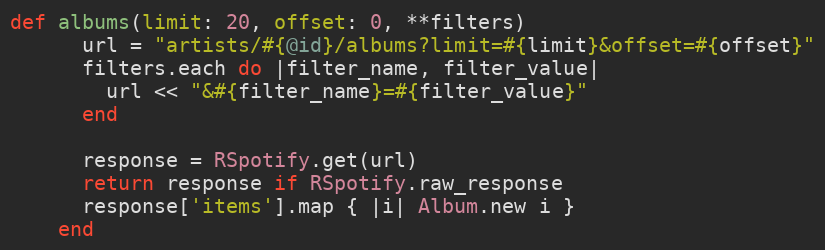
Language: Ruby
def albums(limit: 20, offset: 0, **filters)
      url = "artists/#{@id}/albums?limit=#{limit}&offset=#{offset}"
      filters.each do |filter_name, filter_value|
        url << "&#{filter_name}=#{filter_value}"
      end

      response = RSpotify.get(url)
      return response if RSpotify.raw_response
      response['items'].map { |i| Album.new i }
    end